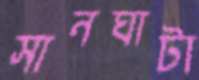
সানঘাটা